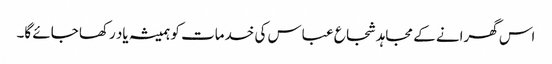
اس گھرانے کے مجاہد شجاع عباس کی خدمات کو ہمیشہ یاد رکھا جائے گا۔